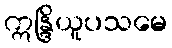
ဣန္ဒြိယူပသမေ